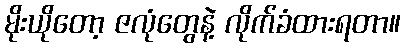
မိုးယိုတော့ ဇလုံတွေနဲ့ လိုက်ခံထားရတာ။